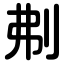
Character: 刜